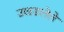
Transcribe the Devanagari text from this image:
उखडलेले